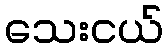
သေးငယ်